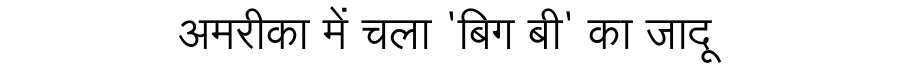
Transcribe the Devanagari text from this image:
अमरीका में चला 'बिग बी' का जादू